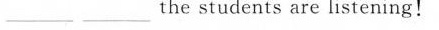
___ ___ the students are listening!